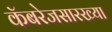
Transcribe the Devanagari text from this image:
कॅबरेजसारख्या